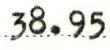
38.95